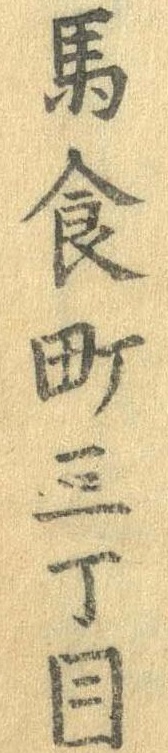
馬食町三丁目